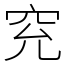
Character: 䆓